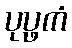
ပုပ္ဖကံ